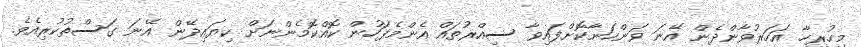
މިހުރިހާ އަހަރުވާންދެން އޭނަ ވަންހަނާކޮށްފައިވާ ސިއްރުތައް އެންމެފަހުން ކޮއްކޮމެންނަށް ކިޔައިދޭން އޭނަ ގަސްތުކުރިއެވެ.